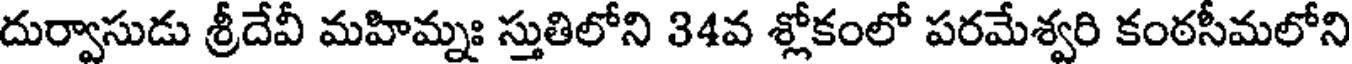
దుర్వాసుడు శ్రీదేవీ మహిమ్నః స్తుతిలోని 34వ శ్లోకంలో పరమేశ్వరి కంఠసీమలోని